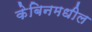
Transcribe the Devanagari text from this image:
केबिनमधील